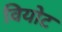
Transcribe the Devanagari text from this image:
वियोट